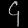
Digit: ၄